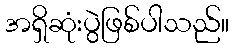
အရှိဆုံးပွဲဖြစ်ပါသည်။